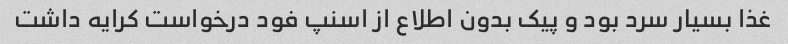
غذا بسیار سرد بود و پیک بدون اطلاع از اسنپ فود درخواست کرایه داشت